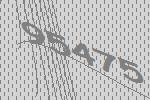
95475